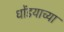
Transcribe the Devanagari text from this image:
धोंडयाच्या